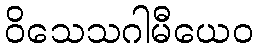
ဝိသေသဂါမီယေဝ